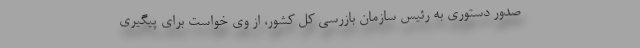
صدور دستوری به رئیس سازمان بازرسی کل کشور، از وی خواست برای پیگیری